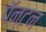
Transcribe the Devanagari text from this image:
पॅन्टन